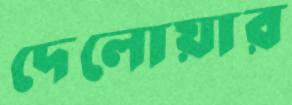
দেলোয়ার